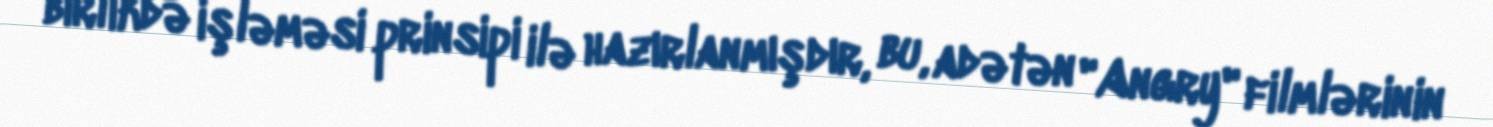
birlikdə işləməsi prinsipi ilə hazırlanmışdır, bu, adətən "Angry" filmlərinin